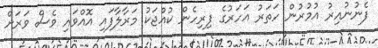
ފެނުނުއިރު އުމުރުން ހަތަރު އަހަރުގެ ފިރިހެން ކުއްޖަކު މަރާލާފައި އޮއްވައި ވެސް ވަރަށް